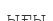
ығы